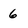
Character: 6